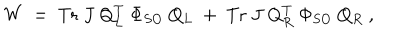
W ~ = ~ \mathrm { T r } ~ J ~ Q _ { L } ^ { T } ~ \Phi _ { S O } ~ Q _ { L } ~ + ~ \mathrm { T r } ~ J ~ Q _ { R } ^ { T } ~ \Phi _ { S O } ~ Q _ { R } ~ ,